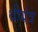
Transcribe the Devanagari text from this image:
धीयंत्र